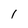
Character: I